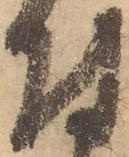
付